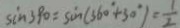
\sin 3 9 0 = \sin ( 3 6 0 ^ { \circ } + 3 0 ^ { \circ } ) = \frac { 1 } { 2 }